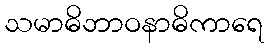
သမာဓိဘာဝနာဓိကာရေ